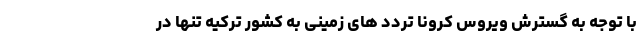
با توجه به گسترش ویروس کرونا تردد های زمینی به کشور ترکیه تنها در